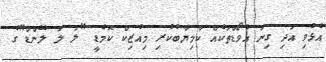
އެޅުވި އަދި ގިނަ އެވޯޑްތަކެއް ކާމިޔާބުކުރި މިއުޒިކް ކޮމެޑީ "ލަ ލަ ލޭންޑް"ގެ